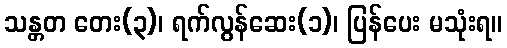
သန္တတ တေး(၃)၊ ရက်လွန်ဆေး(၁)၊ ပြန်ပေး မသုံးရ။